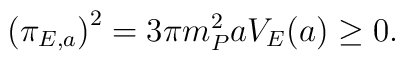
\bigl(\pi_{E,a} \bigr)^2 =  3 \pi m_P^2 a V_{E} (a) \geq 0.